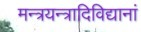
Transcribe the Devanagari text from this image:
मन्त्रयन्त्रादिविद्यानां